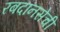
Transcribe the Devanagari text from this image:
रबदानसेची